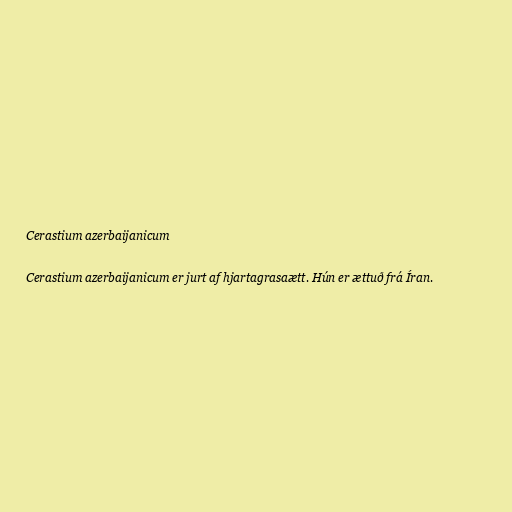
Cerastium azerbaijanicum

Cerastium azerbaijanicum er jurt af hjartagrasaætt. Hún er ættuð frá Íran.